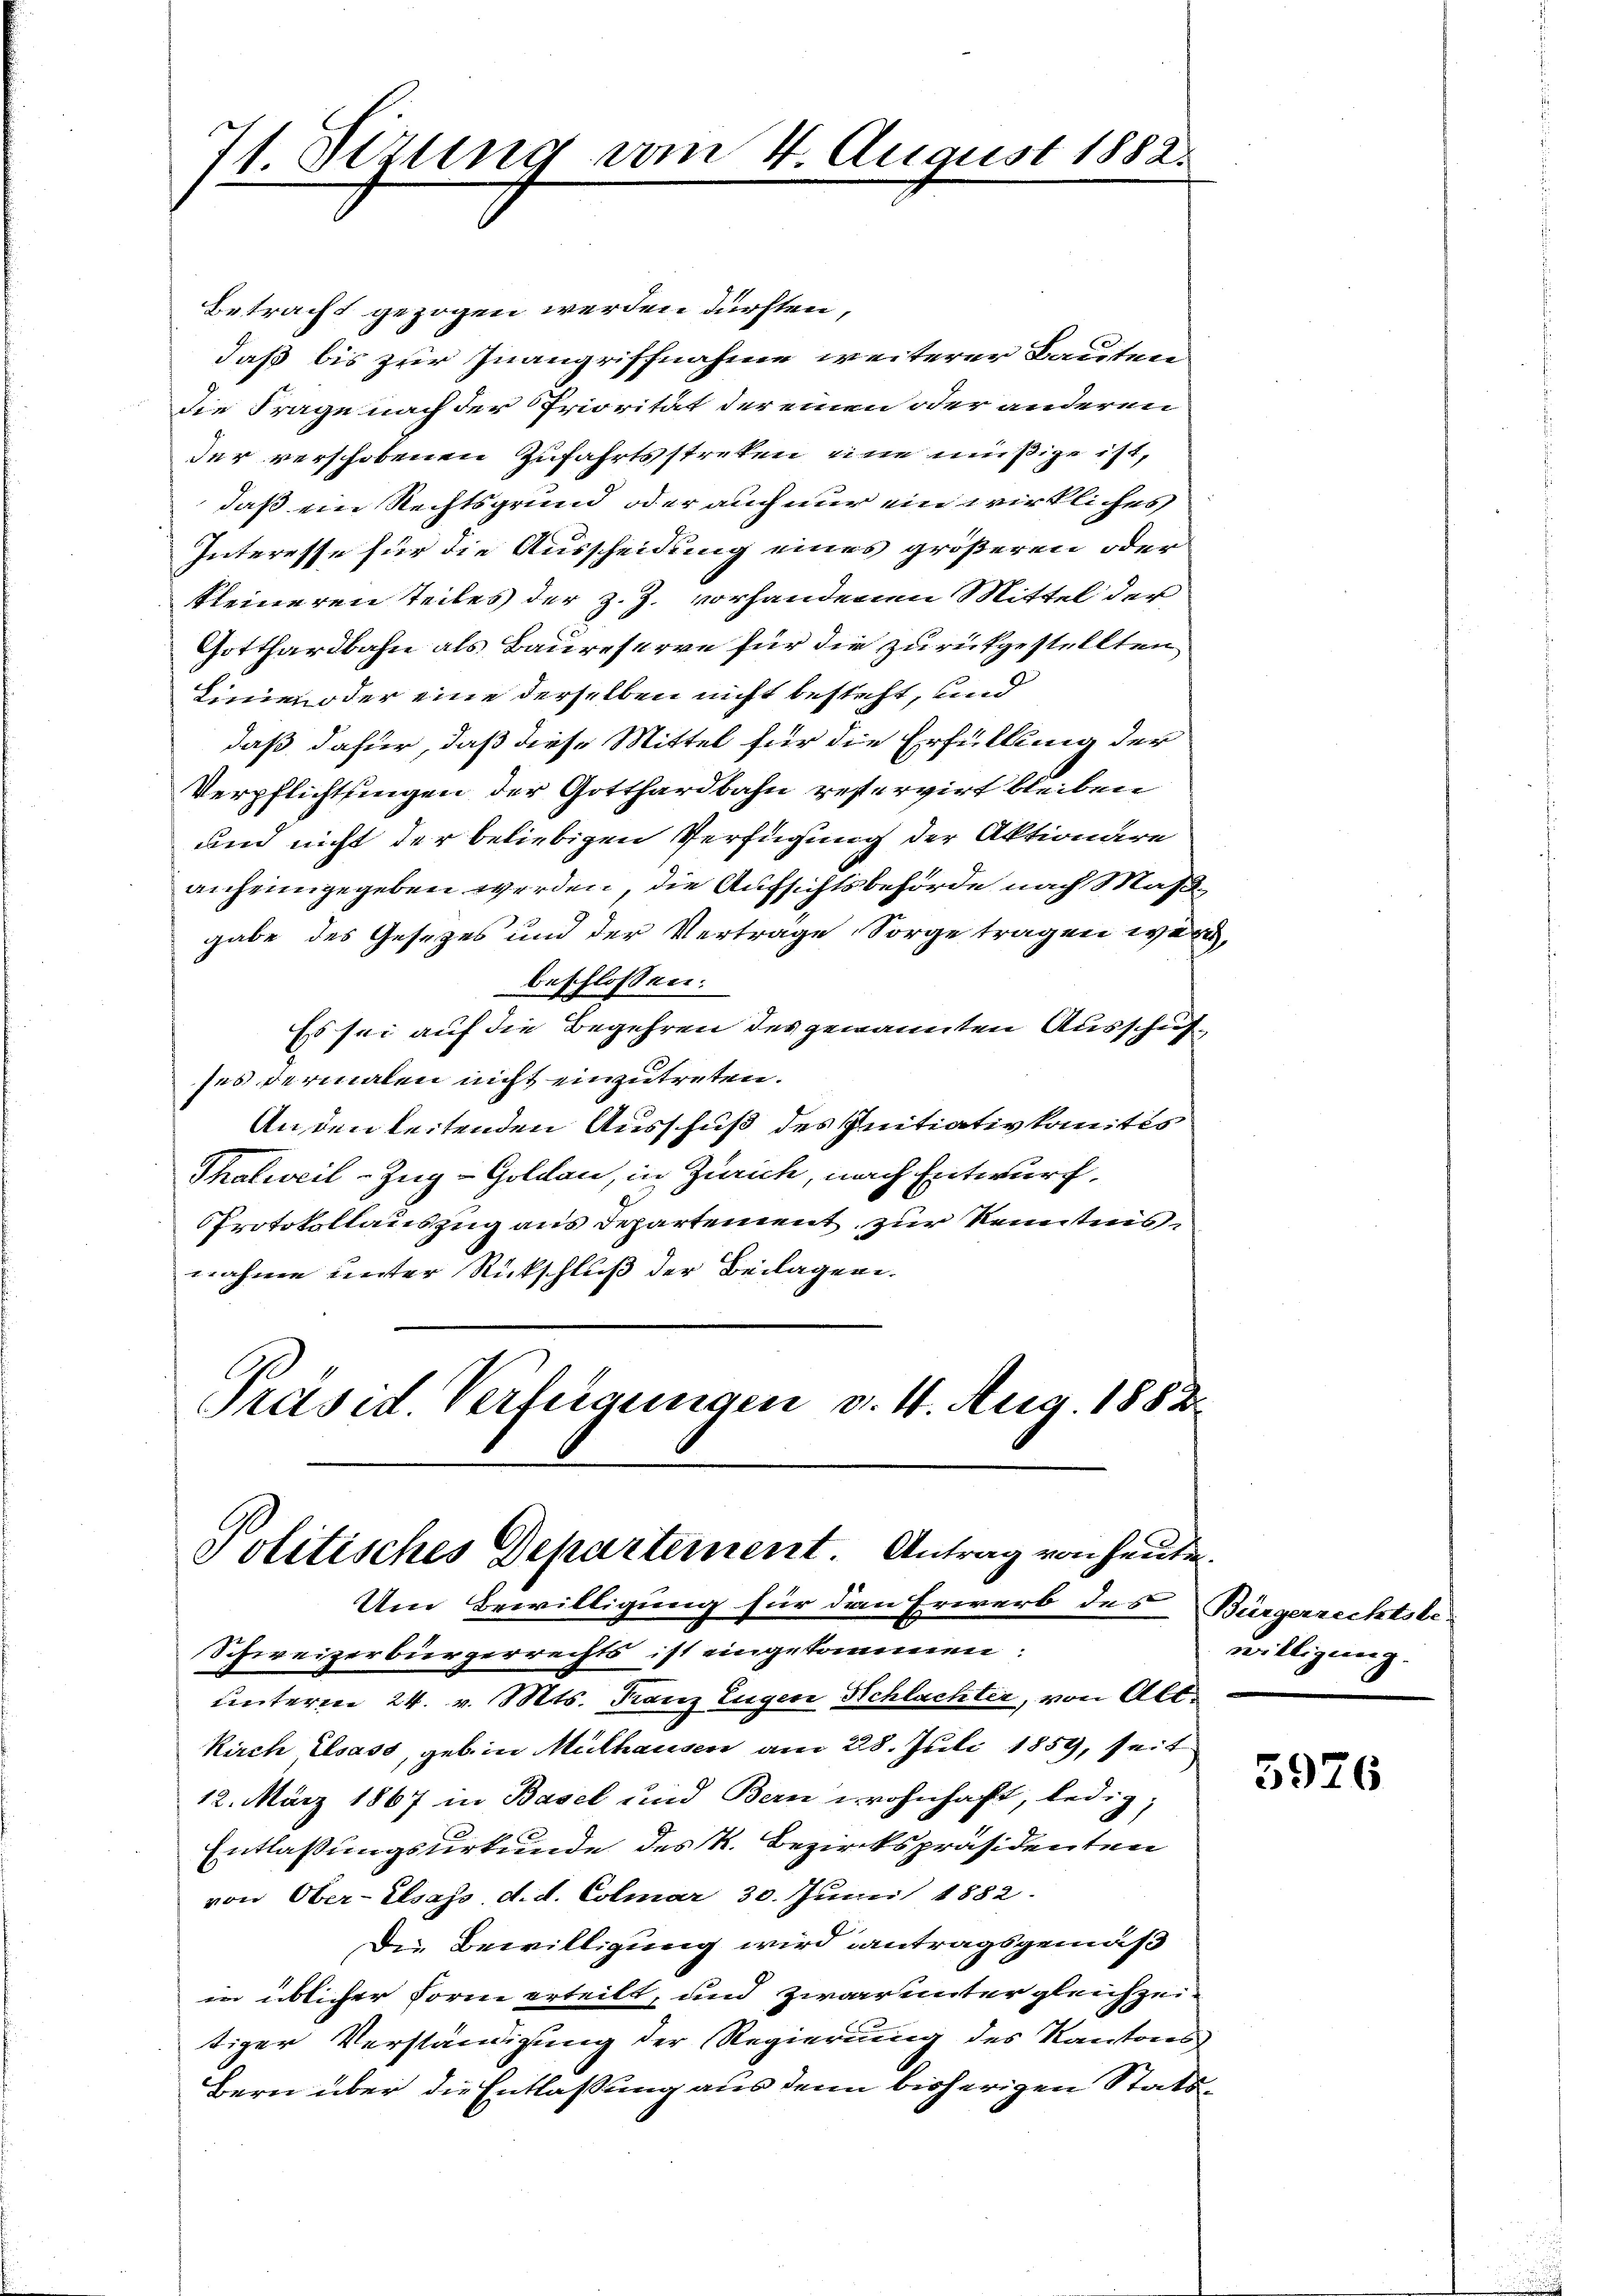
71. Sitzung vom 4. August 1882.

Betracht gezogen werden dürften,
daß bis zur Inangriffnahme weiterer Bauten
Die Frage nach der Priorität der einen oder anderen
der verschobenen Zufahrtsstreken eine müßige ist,
daß ein Rechtsgrund oder auch nur ein wirkliches
Interesse für die Ausscheidung eines größeren oder
kleineren Teiles der z. Z. vorhandenen Mittel der
Gotthardbahn als Baureserve für die zurückgestellten
Lime oder eine derselben nicht besteht, und
daß dafür, daß diese Mittel für die Erfüllung der
Verpflichtungen der Gotthardbahn reservirt bleiben
und nicht der beliebigen Verfügung der Aktionäre
anheimgegeben werden, die Aufsichtsbehörde nach Maßgabe des Gesetzes und der Vertrage Sorge tragen wer
beschlossen:
Es sei auf die Begehren des genannten Ausschufses dermalen nicht einzutreten.
Anden leitenden Ausschuß des Initiativkomités
Thalweil–Zug–Goldau, in Zürich, nach Entwurf,
Protokollauszug aus Departement zur Kenntnisnahme unter Rückschluß der Beilagen.
Präsid Verfügungen v. 1. Aug. 1882.

Politisches Departement. Antrag von heute.
Um Bewilligung für den Erwerb des Bürgerrechtsbe-
Schweizerbürgerrechts ist eingekommen:

unterm 24. v. Mts. Franz Eugen Schlachter, von Alt¬
Kirch Elsass, geb in Mülhausen am 28. Juli 1859, seit
12. März 1867 in Basel und Bern wohnhaft, ledig,
Entlassungsurkunde des K. Bezirkspräsidenten
von Ober-Elsass d. d. Colmar 30. Juni 1882.
Die Bewilligung wird antragsgemäß
in üblicher Form erteilt, und zwar unter gleichzen
tiger Verständigung der Regierung des Kantons
Bern über die Entlassung aus denn bisherigen Stats

willigung.

.

5926